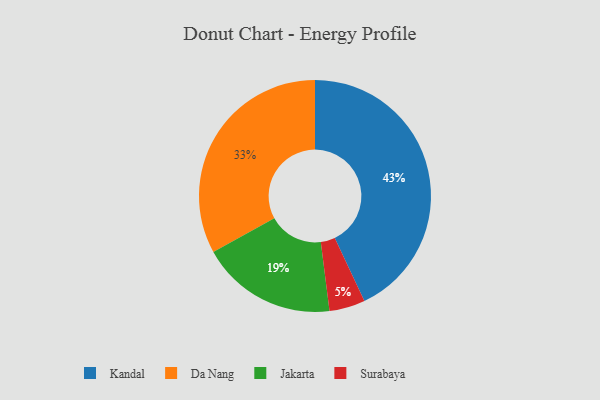
{"axis": {"x": "Category", "y": "Percentage"}, "legend": ["Da Nang", "Jakarta", "Kandal", "Surabaya"], "data": [{"x": "Jakarta", "y": 19, "type": "Jakarta"}, {"x": "Surabaya", "y": 5, "type": "Surabaya"}, {"x": "Da Nang", "y": 33, "type": "Da Nang"}, {"x": "Kandal", "y": 43, "type": "Kandal"}]}